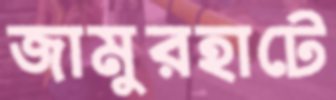
জামুরহাটে